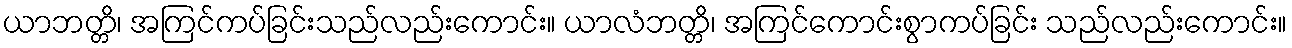
ယာဘတ္တိ၊ အကြင်ကပ်ခြင်းသည်လည်းကောင်း။ ယာလံဘတ္တိ၊ အကြင်ကောင်းစွာကပ်ခြင်း သည်လည်းကောင်း။